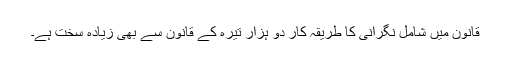
قانون میں شامل نگرانی کا طریقہ کار دو ہزار تیرہ کے قانون سے بھی زیادہ سخت ہے۔